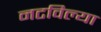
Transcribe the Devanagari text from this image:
नटविल्या